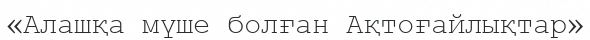
«Алашқа мүше болған Ақтоғайлықтар»